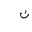
Letter: _non